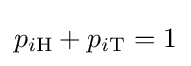
p_{i\mathrm {H} }+p_{i\mathrm {T} }=1